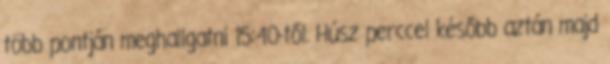
több pontján meghallgatni 15:40-től. Húsz perccel később aztán majd